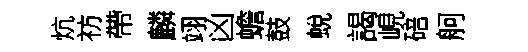
炕祊帶麟翊凶蟾鼓蛻謁峴碚舸